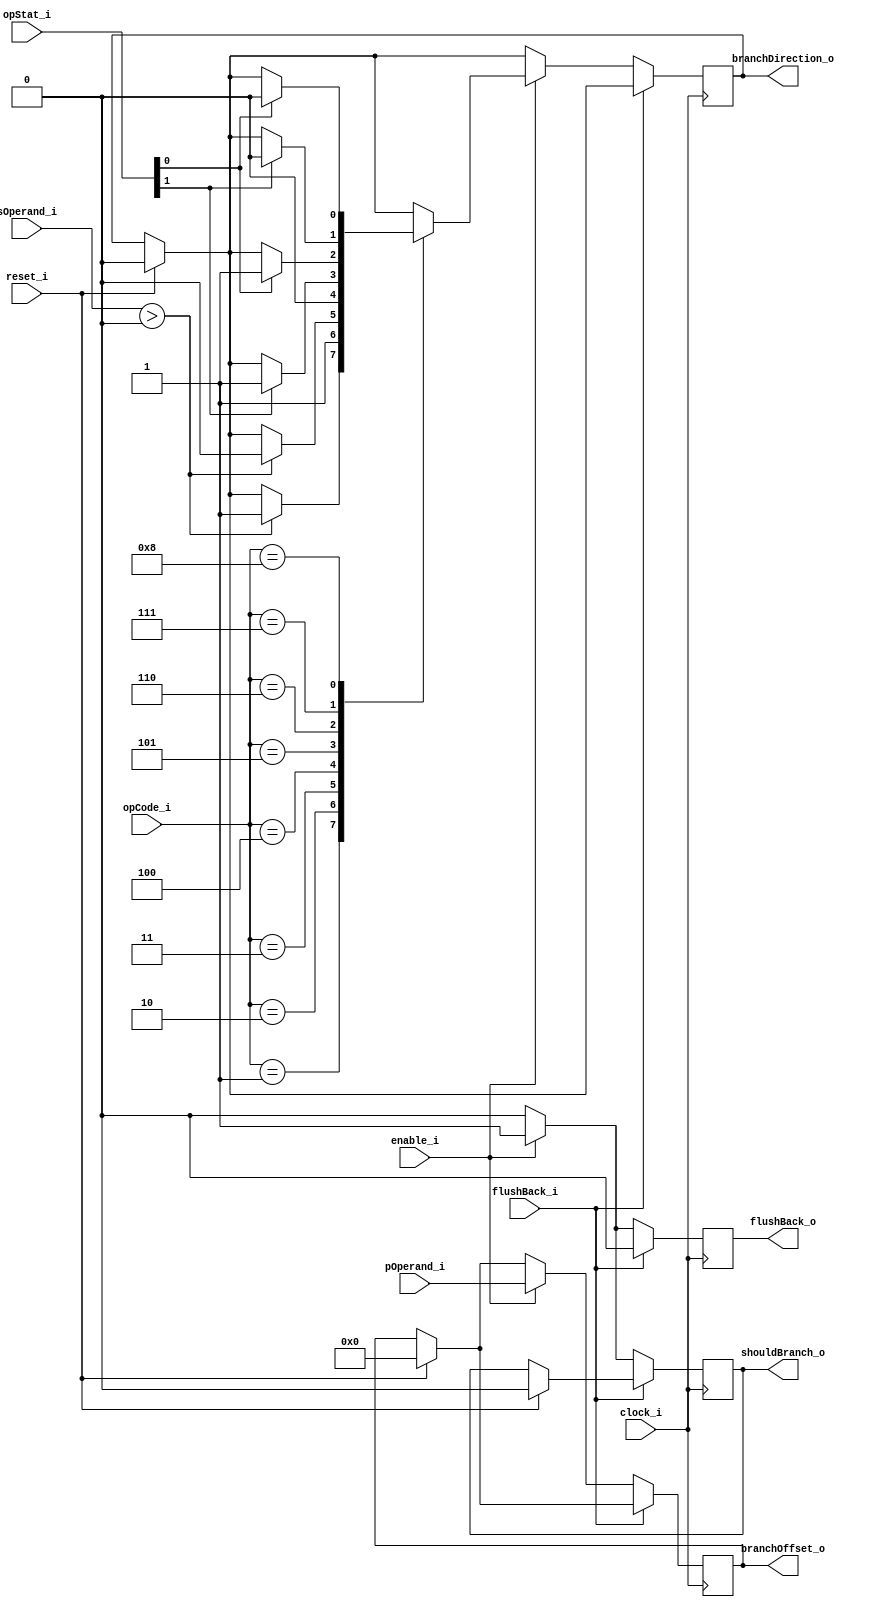
`timescale 1ns / 1ps
`default_nettype none

module BranchUnit(
	input wire clock_i, enable_i, reset_i,
	input wire [6:0] opCode_i,
	input wire [15:0] pOperand_i, sOperand_i,
	input wire flushBack_i,
	input wire [1:0] opStat_i,//[1] = overflow, [0] = underflow
	
	output reg flushBack_o,
	//output reg [15:0] pc_o
	
	output reg shouldBranch_o,
	output reg branchDirection_o,
	output reg [15:0] branchOffset_o
    );
	
	always @(posedge clock_i)
	begin
		if(reset_i)//if reset
		begin
			shouldBranch_o <= 0;
			branchDirection_o <= 0;
			branchOffset_o <= 0;
		end
		else//if not reset
		begin
			flushBack_o <= 0;//if we just flushed the pipe, dont do it again
		end
			
		
		
		if(flushBack_i == 1)//if the pipeline was flushed (flushback in is set)
		begin
			flushBack_o <= 0;//if we just flushed the pipe, dont do it again
		end
		else
		begin
			if(enable_i)
			begin			
				branchOffset_o <= pOperand_i;
				shouldBranch_o <= 1;
				flushBack_o <= 1;
				
				case(opCode_i)
				//need conditonal branches and unconditional branch
				1: begin if(sOperand_i > 0) begin	branchDirection_o <= 1; end end//conditional branch-forwards, Jump offset by the primary on the condition of the secondary
				2: begin 									branchDirection_o <= 1; end//conditional branch-forwards Jump offset by the primary on the condition of the secondary
				3: begin if(sOperand_i > 0) begin 	branchDirection_o <= 0; end end//unconditional branch-backwards Jump offset by the primary
				4: begin 									branchDirection_o <= 0; end//unconditional branch-backwards Jump offset by the primary
				
				//overflow/underflow branches
				5: begin if(opStat_i[1] == 1) begin branchDirection_o <= 1; end end//branch forwards on overflow
				6: begin if(opStat_i[0] == 1) begin branchDirection_o <= 1; end end//branch forwards on underflow
				7: begin if(opStat_i[1] == 1) begin branchDirection_o <= 0; end end//branch backwards on overflow
				8: begin if(opStat_i[0] == 1) begin branchDirection_o <= 0; end end//branch backwards on underflow
				endcase
			end
			else//if not enabled, disable any branch and dont flush the pipe
			begin
				shouldBranch_o <= 0;
				flushBack_o <= 0;
			end
		end
	end

endmodule